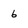
Character: 6